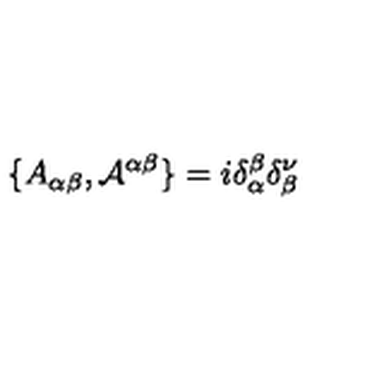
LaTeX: \{ A _ { \alpha \beta } , { \cal { A } } ^ { \alpha \beta } \} = i \delta _ { \alpha } ^ { \beta } \delta _ { \beta } ^ { \nu }